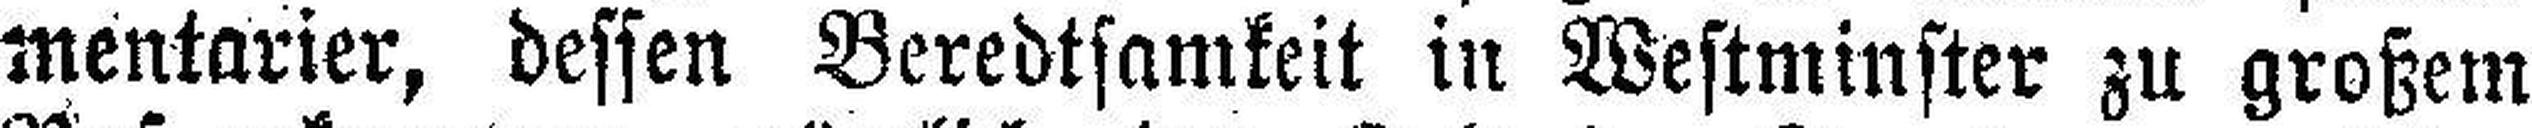
mentarier, dessen Beredtsamkeit in Westminster zu großem